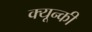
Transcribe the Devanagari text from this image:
क्यून्की